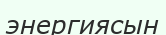
энергиясын